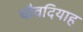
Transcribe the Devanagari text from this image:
चौवदियाह